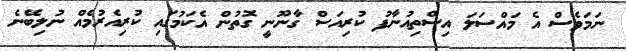
ނަމަވެސް އެ މައްސަލަ އިސްތިއުނާފު ކުރިއަސް ގާނޫނީ ގޮތުން އެކަމުގައި ކުރިއެރުމެއް ނުލިބޭނެ